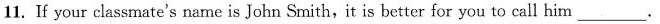
11. If your classmate's name is John Smith, it is better for you to call him___.